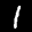
Label: 1